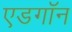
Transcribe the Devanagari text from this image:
एडगॉन